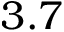
3 . 7